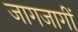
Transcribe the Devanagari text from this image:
जागजागीं